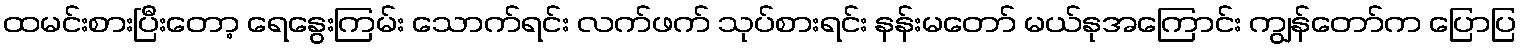
ထမင်းစားပြီးတော့ ရေနွေးကြမ်း သောက်ရင်း လက်ဖက် သုပ်စားရင်း နန်းမတော် မယ်နုအကြောင်း ကျွန်တော်က ပြောပြ